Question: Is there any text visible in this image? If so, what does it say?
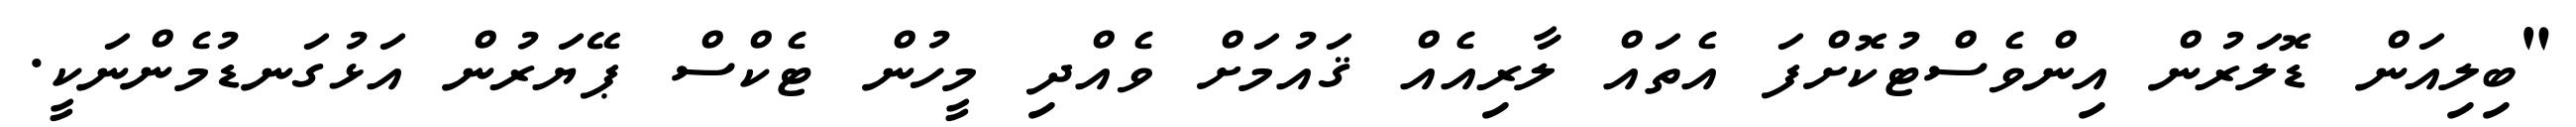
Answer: "ބިލިއަން ޑޮލަރުން އިންވެސްޓުކޮށްފަ އެތައް ލާރިއެއް ޤައުމަށް ވެއްދި މީހުން ޓެކްސް ޕޭޔަރުން އަޅުގަނޑުމެންނަކީ.